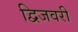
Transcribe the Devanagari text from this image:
द्विजवरी